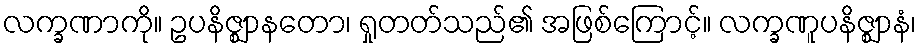
လက္ခဏာကို။ ဥပနိဇ္ဈာနတော၊ ရှုတတ်သည်၏ အဖြစ်ကြောင့်။ လက္ခဏူပနိဇ္ဈာနံ၊